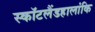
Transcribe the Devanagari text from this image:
स्कॉटलैंडहालांकि